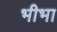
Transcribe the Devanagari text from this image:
भीभा